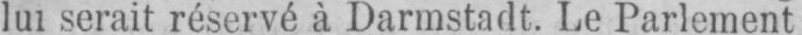
lui serait réservé à Darmstadt. Le Parlement